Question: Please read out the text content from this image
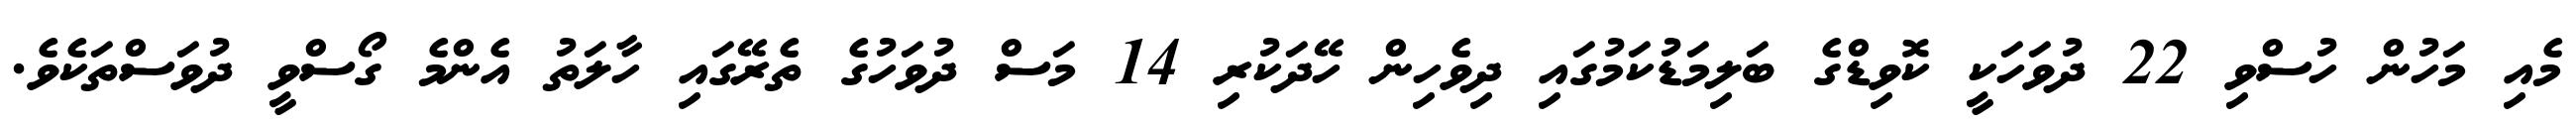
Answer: މެއި މަހުން ހުސްވި 22 ދުވަހަކީ ކޮވިޑްގެ ބަލިމަޑުކަމުގައި ދިވެހިން ހޭދަކުރި 14 މަސް ދުވަހުގެ ތެރޭގައި ހާލަތު އެންމެ ގޯސްވީ ދުވަސްތަކެވެ.